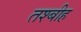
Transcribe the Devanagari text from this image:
तश्बीह